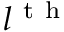
l ^ { \mathrm { ~ t ~ h ~ } }